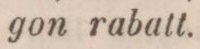
gon rabatt.